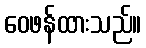
ဝေဖန်ထားသည်။